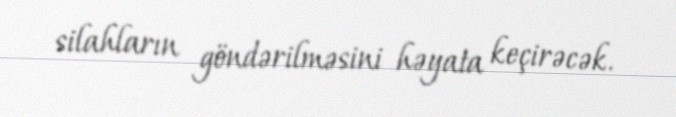
silahların göndərilməsini həyata keçirəcək.